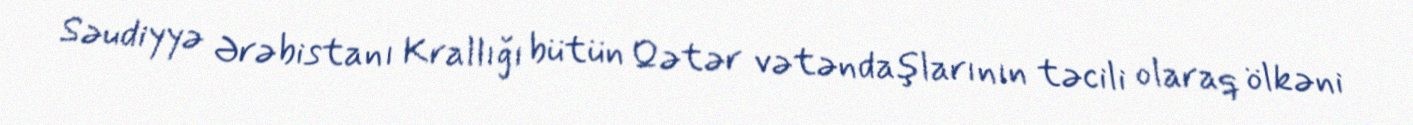
Səudiyyə Ərəbistanı Krallığı bütün Qətər vətəndaşlarının təcili olaraq ölkəni